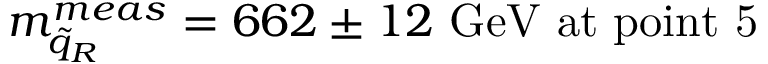
m _ { \tilde { q } _ { R } } ^ { m e a s } = 6 6 2 \pm 1 2 \mathrm { \ G e V ~ a t ~ p o i n t ~ 5 }